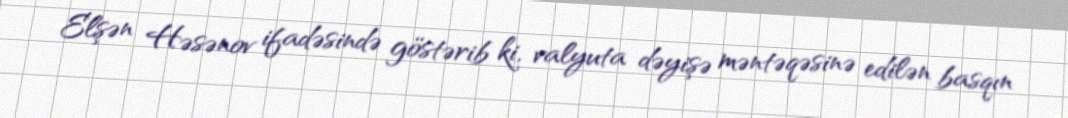
Elşən Həsənov ifadəsində göstərib ki, valyuta dəyişə məntəqəsinə edilən basqın